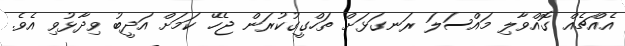
އެއްޗެއް ގޮއްވާލި މައްސަލަ ރަނގަޅަށް ތަހްގީގުކުރަން ޖެހޭ ކަމަށް އަދީބު ވިދާޅުވި އެވެ.